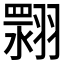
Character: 𮋏